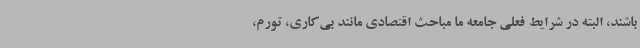
باشند، البته در شرایط فعلی جامعه ما مباحث اقتصادی مانند بی‌کاری، تورم،